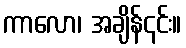
ကာလော၊ အချိန်၎င်း။